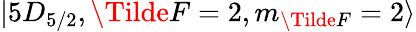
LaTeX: \lvert 5D_{5/2},\Tilde{F}=2,m_{\Tilde{F}}=2\rangle